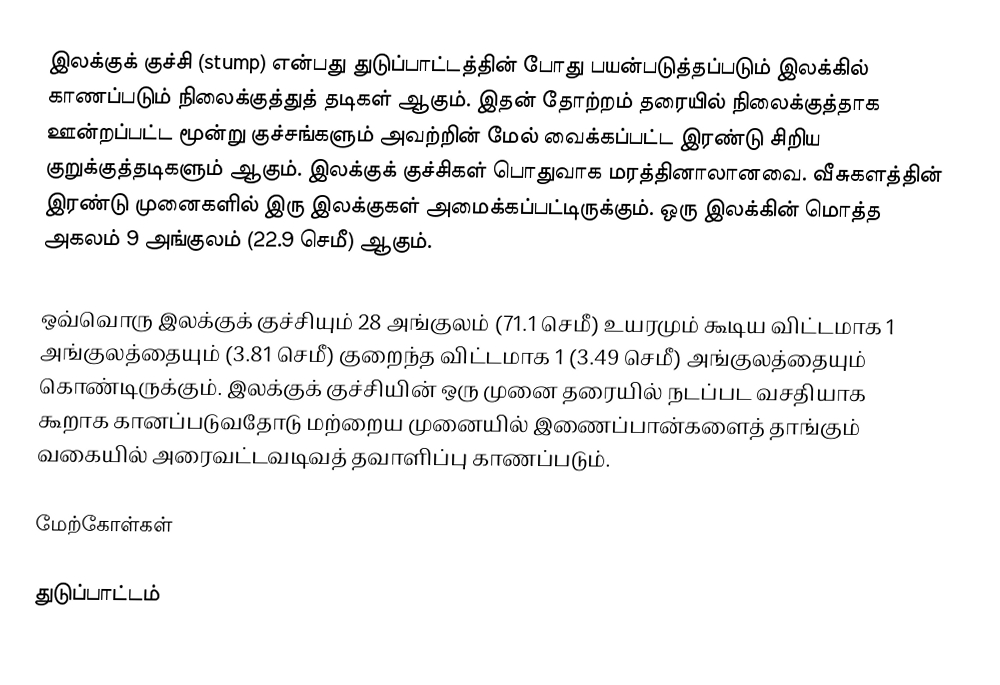
இலக்குக் குச்சி (stump) என்பது துடுப்பாட்டத்தின் போது பயன்படுத்தப்படும்  இலக்கில் காணப்படும் நிலைக்குத்துத் தடிகள் ஆகும். இதன் தோற்றம் தரையில் நிலைக்குத்தாக ஊன்றப்பட்ட மூன்று குச்சங்களும் அவற்றின் மேல் வைக்கப்பட்ட இரண்டு சிறிய குறுக்குத்தடிகளும் ஆகும். இலக்குக் குச்சிகள் பொதுவாக மரத்தினாலானவை. வீசுகளத்தின் இரண்டு முனைகளில் இரு இலக்குகள் அமைக்கப்பட்டிருக்கும். ஒரு இலக்கின் மொத்த அகலம் 9 அங்குலம் (22.9 செமீ) ஆகும்.

ஒவ்வொரு இலக்குக் குச்சியும் 28 அங்குலம் (71.1 செமீ) உயரமும் கூடிய விட்டமாக 1 அங்குலத்தையும் (3.81 செமீ) குறைந்த விட்டமாக  1 (3.49 செமீ) அங்குலத்தையும் கொண்டிருக்கும். இலக்குக் குச்சியின் ஒரு முனை தரையில் நடப்பட வசதியாக கூறாக கானப்படுவதோடு மற்றைய முனையில் இணைப்பான்களைத் தாங்கும் வகையில் அரைவட்டவடிவத் தவாளிப்பு காணப்படும்.

மேற்கோள்கள்

துடுப்பாட்டம்